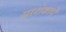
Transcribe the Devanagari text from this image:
आशंकाऐं